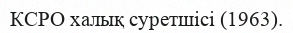
КСРО халық суретшісі (1963).